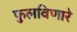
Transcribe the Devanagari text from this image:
फुलविणारे